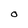
Character: O